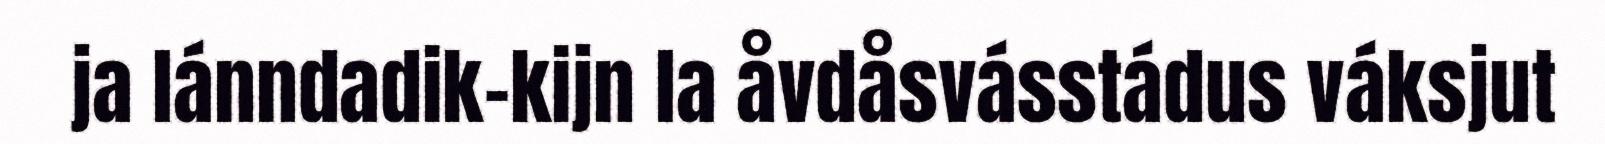
ja lánndadik-kijn la åvdåsvásstádus váksjut